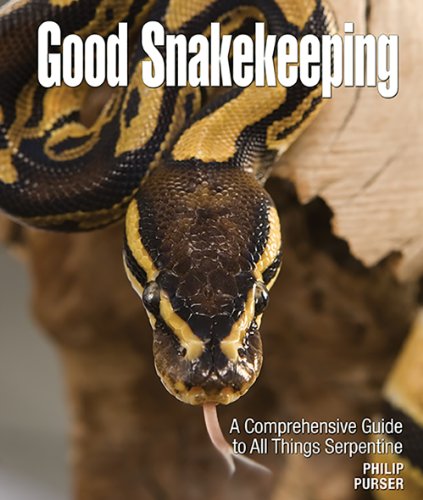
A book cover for Good Snakekeeping: A Comprehensive Guide to All Things Serpentine; Phillip Purser; Crafts, Hobbies & Home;